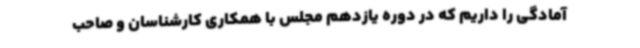
آمادگی را داریم که در دوره یازدهم مجلس با همکاری کارشناسان و صاحب